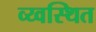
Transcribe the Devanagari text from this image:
व्य्वस्थित